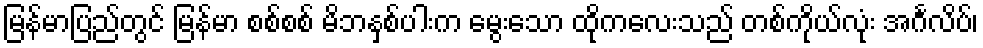
မြန်မာပြည်တွင် မြန်မာ စစ်စစ် မိဘနှစ်ပါးက မွေးသော ထိုကလေးသည် တစ်ကိုယ်လုံး အင်္ဂလိပ်၊